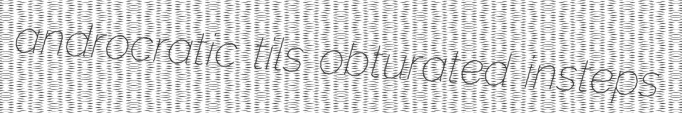
androcratic tils obturated insteps